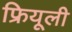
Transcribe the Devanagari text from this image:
फ्रियूली